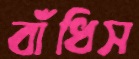
বাঁধিস